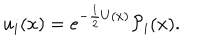
u _ { i } ( x ) = e ^ { - { \frac { 1 } { 2 } } U ( x ) } { \cal P } _ { i } ( x ) .